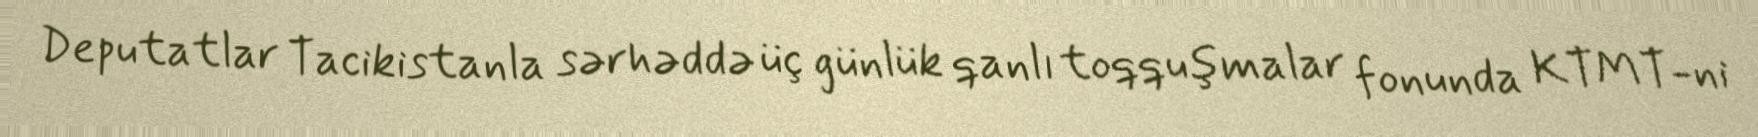
Deputatlar Tacikistanla sərhəddə üç günlük qanlı toqquşmalar fonunda KTMT-ni